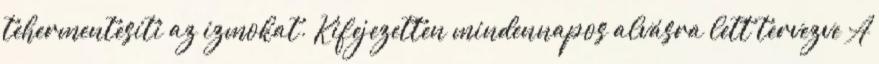
tehermentesíti az izmokat. Kifejezetten mindennapos alvásra lett tervezve A